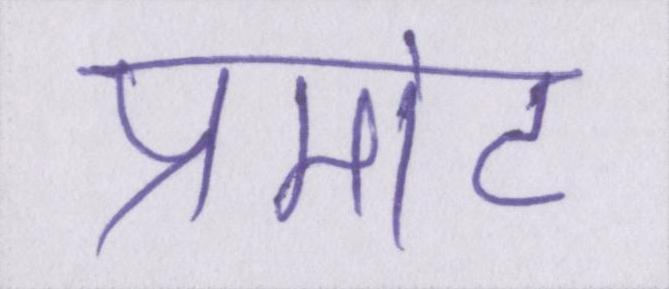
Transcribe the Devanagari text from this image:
प्रमोट